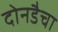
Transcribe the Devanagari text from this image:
दोनडैचा